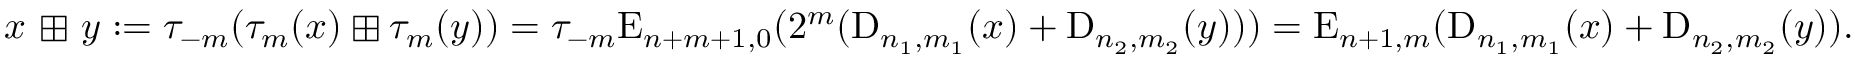
x \ { \boxplus } \ y : = \tau _ { - m } ( \tau _ { m } ( x ) \boxplus \tau _ { m } ( y ) ) = \tau _ { - m } \mathrm { E } _ { n + m + 1 , 0 } ( 2 ^ { m } ( \mathrm { D } _ { n _ { 1 } , m _ { 1 } } ( x ) + \mathrm { D } _ { n _ { 2 } , m _ { 2 } } ( y ) ) ) = \mathrm { E } _ { n + 1 , m } ( \mathrm { D } _ { n _ { 1 } , m _ { 1 } } ( x ) + \mathrm { D } _ { n _ { 2 } , m _ { 2 } } ( y ) ) .